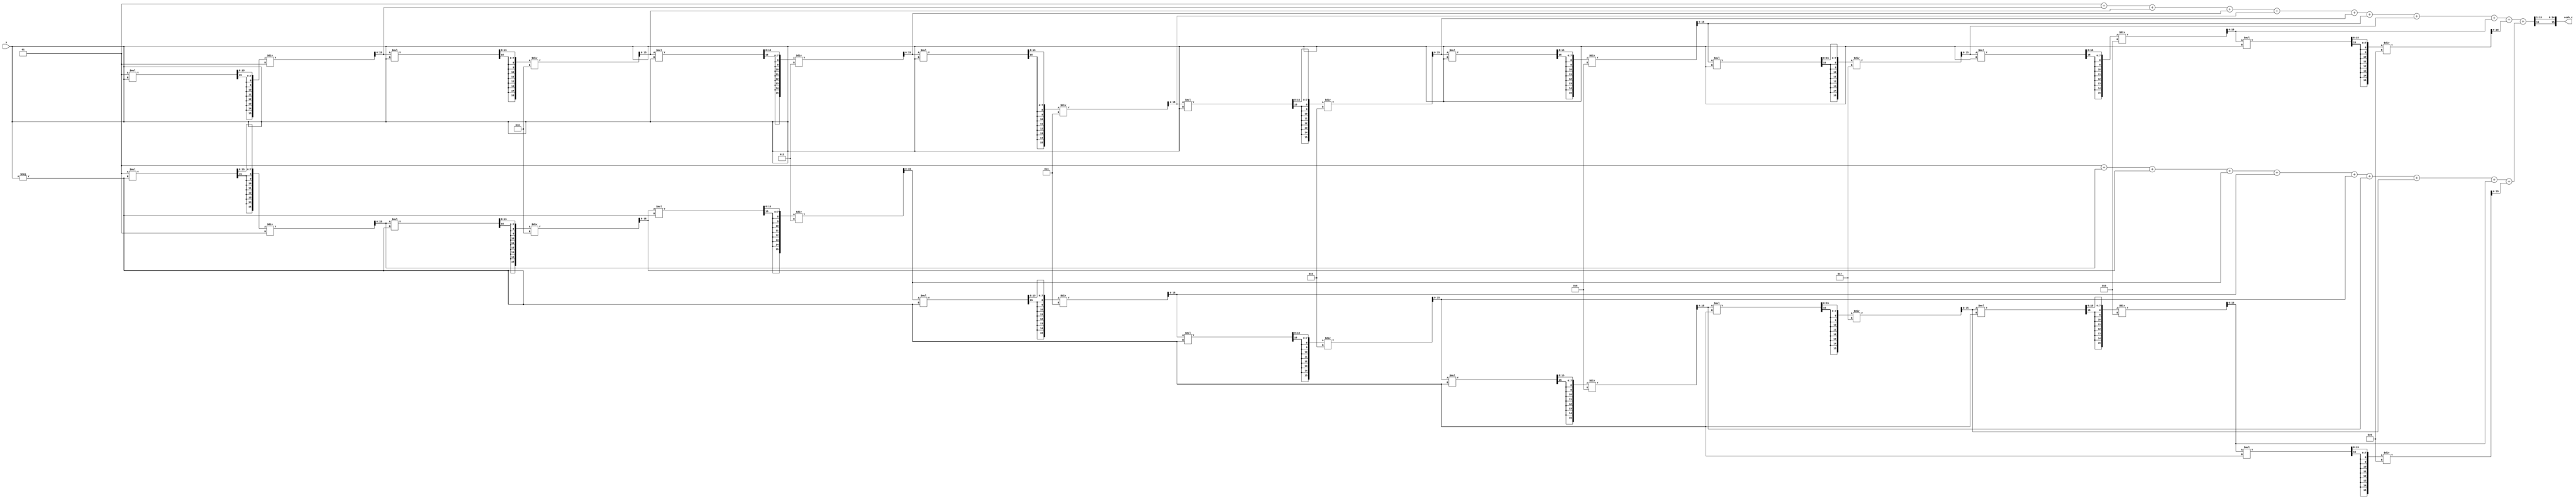
module hyperbolic_cosh #(
    parameter WIDTH = 16,  // Total bit-width of fixed-point representation
    parameter FRAC = 8     // Number of fractional bits
)(
    input wire signed [WIDTH-1:0] x,  // Input value (fixed-point)
    output reg signed [WIDTH-1:0] cosh_x // Output value (fixed-point)
);

    // Internal signals
    wire signed [WIDTH-1:0] exp_x;    // e^x
    wire signed [WIDTH-1:0] exp_neg_x; // e^(-x)
    wire signed [WIDTH-1:0] sum;       // e^x + e^(-x)
    wire signed [WIDTH-1:0] half_sum;  // (e^x + e^(-x)) / 2

    // Exponentiation using Taylor series approximation
    function signed [WIDTH-1:0] exp_taylor;
        input signed [WIDTH-1:0] value;
        integer i;
        reg signed [WIDTH-1:0] term;
        reg signed [WIDTH-1:0] result;
        begin
            result = 0;
            term = 1; // e^0 = 1
            for (i = 0; i < 10; i = i + 1) begin // 10 terms for approximation
                result = result + term;
                term = (term * value) >>> FRAC; // Multiply by x, right shift for fixed-point
                term = term / (i + 1); // Divide by i!
            end
            exp_taylor = result;
        end
    endfunction

    // Calculate e^x and e^(-x)
    assign exp_x = exp_taylor(x);
    assign exp_neg_x = exp_taylor(-x);

    // Calculate the sum of e^x and e^(-x)
    assign sum = exp_x + exp_neg_x;

    // Divide the sum by 2 (right shift by 1)
    assign half_sum = sum >>> 1;

    // Assign the result to output
    always @(*) begin
        cosh_x = half_sum;
    end

endmodule